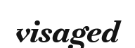
visaged